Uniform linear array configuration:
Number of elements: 4
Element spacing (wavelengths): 0.5
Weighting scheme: blackman
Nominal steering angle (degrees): -30
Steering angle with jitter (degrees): -29.352
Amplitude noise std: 0.05
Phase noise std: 0.05

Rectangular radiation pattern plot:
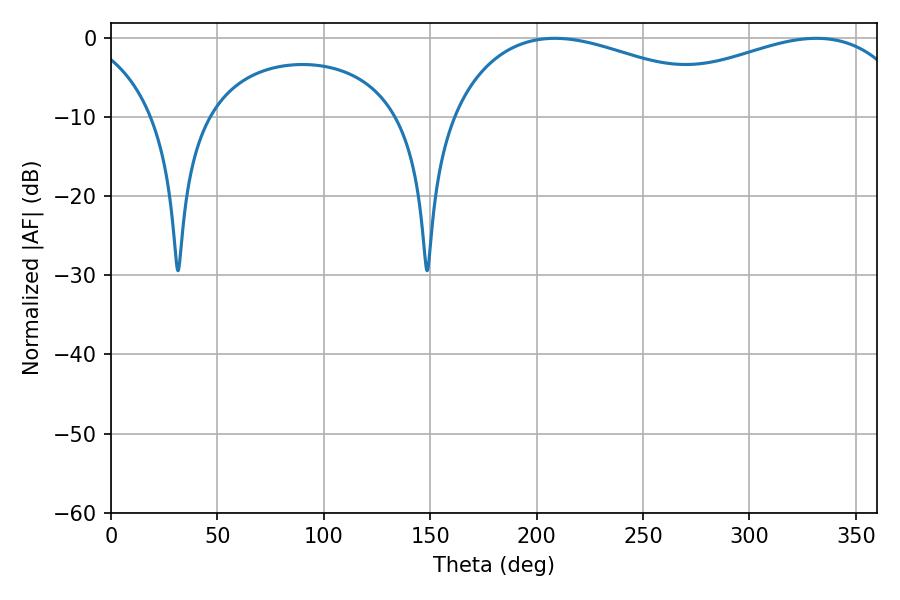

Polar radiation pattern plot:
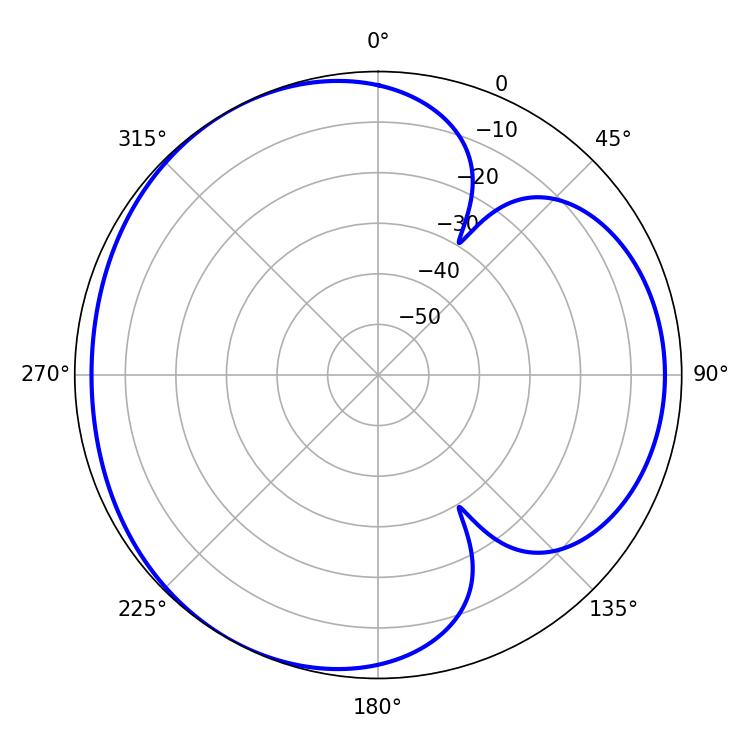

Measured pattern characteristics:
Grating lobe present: FALSE
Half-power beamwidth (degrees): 79.2
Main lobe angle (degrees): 208.62